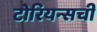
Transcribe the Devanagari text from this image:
टोरियन्सची